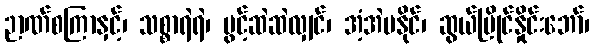
ဉာဏ်စကြာနှင့်၊ သစ္စာရဲရဲ၊ ပွင့်ဆဲဆဲလျှင်၊ အံ့အဲမနိုင်၊ ဆွယ်ပြိုင်နှိုင်းဘော်၊